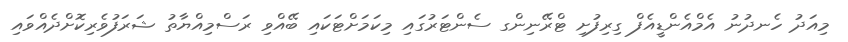
މިއަދު ހެނދުނު އެމްއެންޑީއެފް ގިރިފުށި ޓްރޭނިންގ ސެންޓަރުގައި މިކަމަށްޓަކައި ބޭއްވި ރަސްމިއްޔާތު ޝަރަފުވެރިކޮށްދެއްވައި